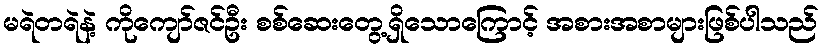
မရဲတရဲနဲ့ ကိုကျော်ဇင်ဦး စစ်ဆေးတွေ့ရှိသောကြောင့် အစားအစာများဖြစ်ပါသည်